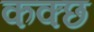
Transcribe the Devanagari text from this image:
कक्छ